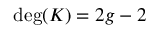
\deg ( K ) = 2 g - 2